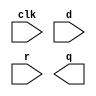
// Implement the following

module top_module (
    input clk,
    input d, 
    input r,   // synchronous reset
    output q);

// Insert your code here

endmodule